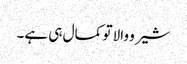
شیرو والا تو کمال ہی ہے۔